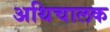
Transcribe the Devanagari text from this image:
अथिचालक